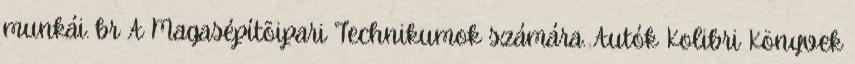
munkái. br A Magasépítõipari Technikumok számára. Autók Kolibri Könyvek